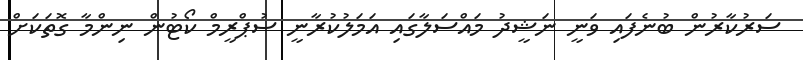
ސަރުކާރުން ބުނެފައި ވަނީ ނަޝީދު މައްސަލާގައި އަމަލުކުރާނީ ސުޕްރީމް ކޯޓުން ނިންމާ ގޮތަކަށް